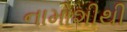
નામોશીથી